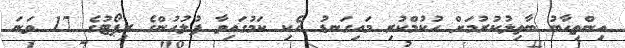
އިންތިހާބު ބާތިލުކުރުމަށް ހުކުމްކުރި މައިގަނޑު ހެކި ކަމުގައިވާ ފުލުހުންގެ ރިޕޯޓުގެ 17 ވަނަ